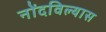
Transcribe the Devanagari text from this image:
नोंदविल्यास